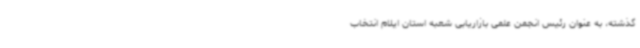
گذشته، به عنوان رئیس انجمن علمی بازاریابی شعبه استان ایلام انتخاب